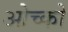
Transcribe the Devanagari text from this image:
ओच्को